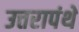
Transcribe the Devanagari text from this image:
उत्तरापंथे